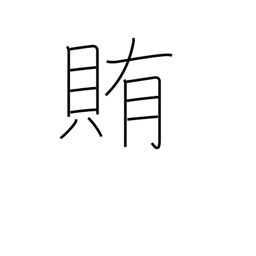
Meaning: supply